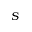
S